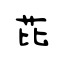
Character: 芘